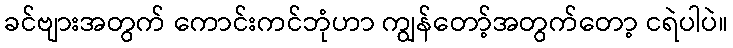
ခင်ဗျားအတွက် ကောင်းကင်ဘုံဟာ ကျွန်တော့်အတွက်တော့ ငရဲပါပဲ။